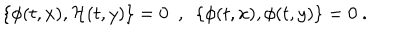
\{ \phi ( t , x ) , { \cal H } ( t , y ) \} = 0 \ \ , \ \ \{ \phi ( t , x ) , \phi ( t , y ) \} = 0 \ .